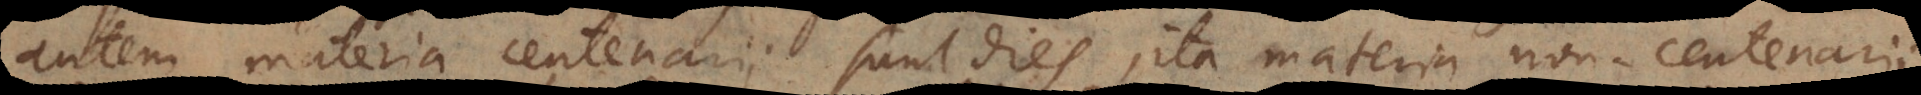
autem materia centenarii sunt dies, ita materia non‐centenarii